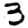
Digit: 3